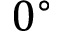
0 ^ { \circ }